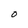
Character: O